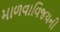
માળવાવિજયની